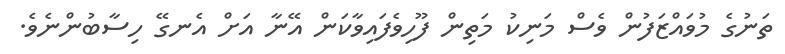
ތަނުގެ މުވައްޒަފުން ވެސް މަނިކު މަތިން ފޫހިވެފައިވާކަން އޭނާ އަށް އެނގޭ ހިސާބުންނެވެ.